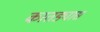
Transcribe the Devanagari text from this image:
कातड्यास